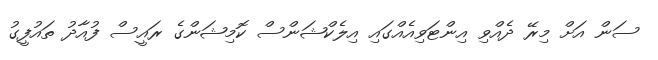
ސަން އަށް މިރޭ ދެއްވި އިންޓަވިއެއްގައި އިލެކްޝަންސް ކޮމިޝަންގެ ރައީސް ފުއާދު ތައުފީގު